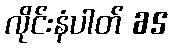
လိုင်းနံပါတ် 65